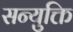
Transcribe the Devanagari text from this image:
सन्युक्ति